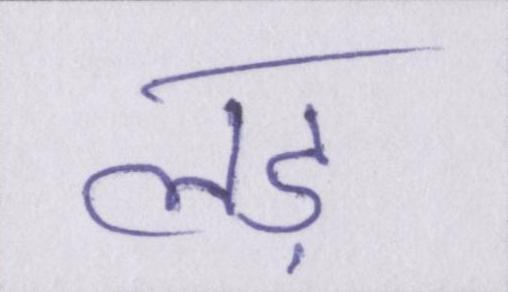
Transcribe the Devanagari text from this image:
लड़